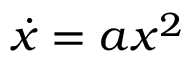
\dot { x } = a x ^ { 2 }